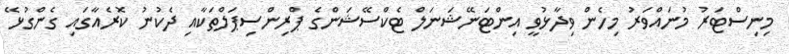
މިނިސްޓަރު މުނައްވަރު މިހެން ވިދާޅުވީ އިންޓަނޭޝަނަލް ޓެކްސޭޝަންގެ ޕްރިންސިޕަލްތަކާއި ދެކުނު ކޮރެއާގައި ގެންގުޅޭ